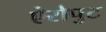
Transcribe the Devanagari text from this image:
ऐरोपुट